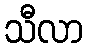
သီလာ